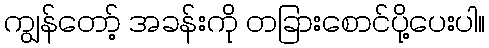
ကျွန်တော့် အခန်းကို တခြားစောင်ပို့ပေးပါ။